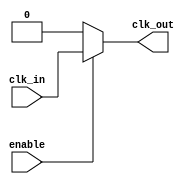
module clock_buffer (
    input wire clk_in,         // Single-ended clock input
    output wire clk_out,       // Buffered clock output
    input wire enable          // Optional enable input for gating the clock output
);

// Internal signals
wire clk_buf;

// Buffer implementation using a simple inverter-based approach
// This is a basic representation; in a real-world scenario, you would use
// specific transistor sizing and possibly instantiate a custom cell.
assign clk_buf = (enable) ? clk_in : 1'b0;  // Gated output when enable is low

// A simple buffer to improve drive strength and minimize skew
// In actual implementation, use a proper buffer cell from the library
assign clk_out = clk_buf;

endmodule